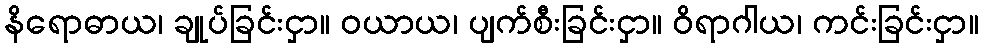
နိရောဓာယ၊ ချုပ်ခြင်းငှာ။ ဝယာယ၊ ပျက်စီးခြင်းငှာ။ ဝိရာဂါယ၊ ကင်းခြင်းငှာ။